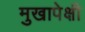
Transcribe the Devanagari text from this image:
मुखापेक्षी